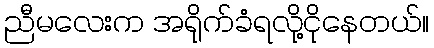
ညီမလေးက အရိုက်ခံရလို့ငိုနေတယ်။